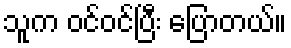
သူက ဝင်ဝင်ပြီး ပြောတယ်။